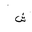
Letter: _shin